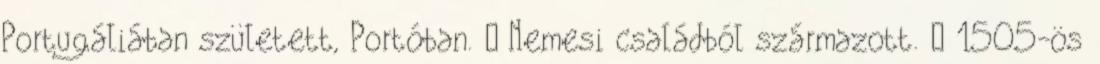
Portugáliában született, Portóban.  Nemesi családból származott.  1505-ös